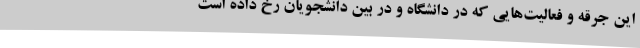
این جرقه و فعالیت‌هایی که در دانشگاه و در بین دانشجویان رخ داده است